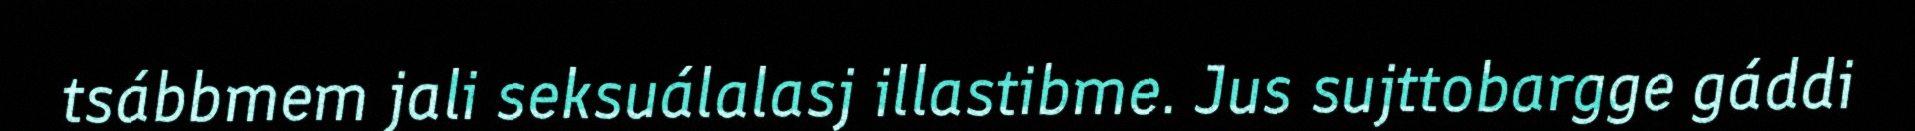
tsábbmem jali seksuálalasj illastibme. Jus sujttobargge gáddi